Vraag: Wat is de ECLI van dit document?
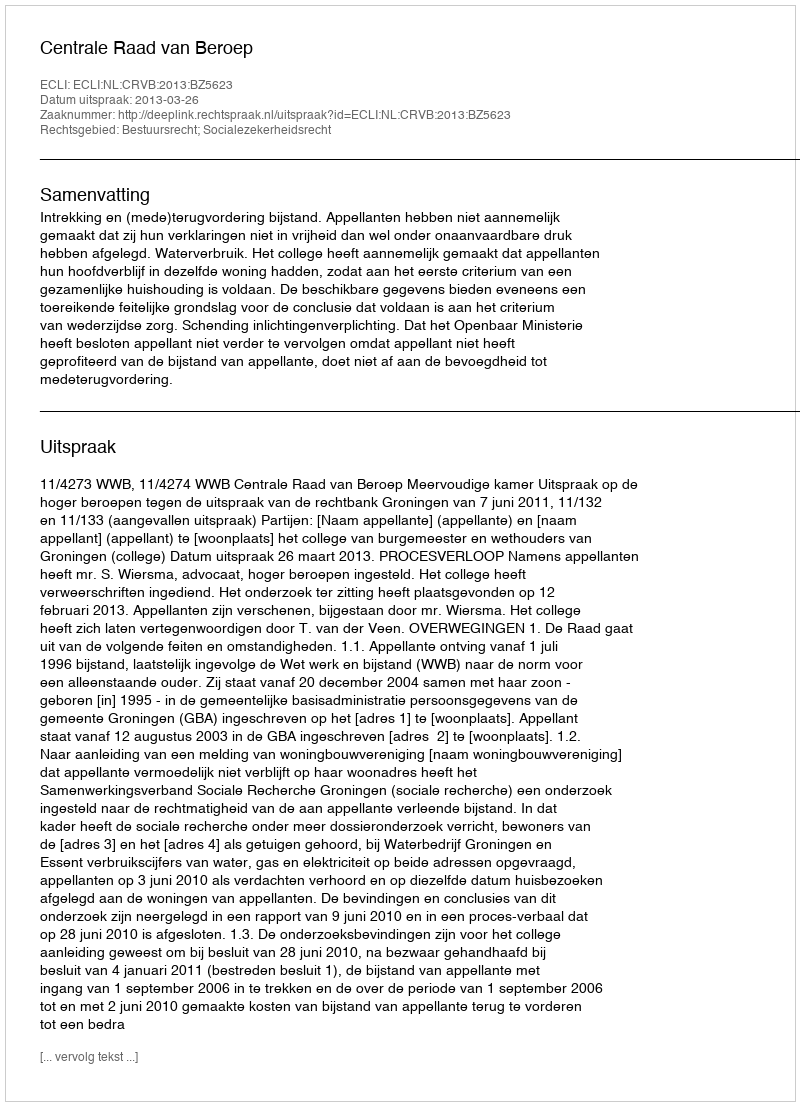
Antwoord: ECLI:NL:CRVB:2013:BZ5623